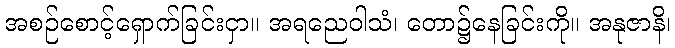
အစဉ်စောင့်ရှောက်ခြင်းငှာ။ အရညေဝါသံ၊ တော၌နေခြင်းကို။ အနုဇာနိ၊